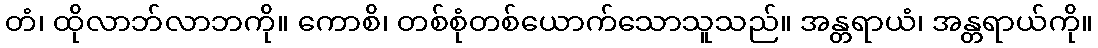
တံ၊ ထိုလာဘ်လာဘကို။ ကောစိ၊ တစ်စုံတစ်ယောက်သောသူသည်။ အန္တရာယံ၊ အန္တရာယ်ကို။